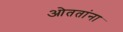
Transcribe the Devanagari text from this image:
ओततांना